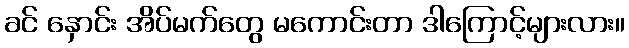
ခင် နှောင်း အိပ်မက်တွေ မကောင်းတာ ဒါကြောင့်များလား။